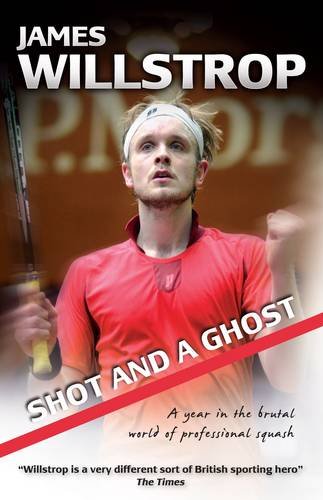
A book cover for Shot and a Ghost: A Year in the Brutal World of Professional Squash; James Willstrop; Sports & Outdoors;